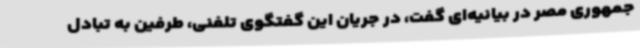
جمهوری مصر در بیانیه‌ای گفت، در جریان این گفتگوی تلفنی، طرفین به تبادل